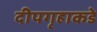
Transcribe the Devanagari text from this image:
दीपगृहाकडे